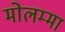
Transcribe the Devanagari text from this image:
मोलम्मा